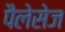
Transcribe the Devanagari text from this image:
पैलेसेज